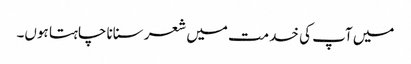
میں آپ کی خدمت میں شعر سنانا چاہتا ہوں۔